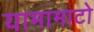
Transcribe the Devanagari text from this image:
यामामाटो